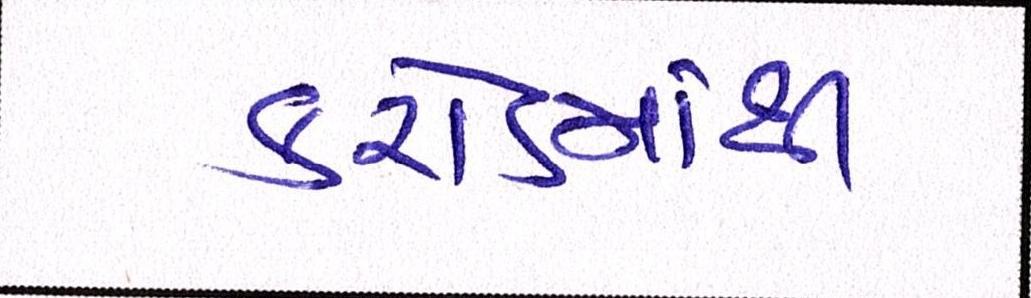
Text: કરોડમાંથી